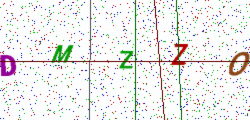
Text: DMZZO